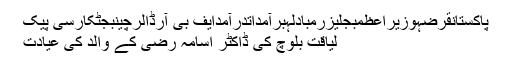
پاکستانقرضہوزیراعظمبجلیزرمبادلہبرآمداتدرآمدایف بی آرڈالرچینبجٹکارسی پیک
لیاقت بلوچ کی ڈاکٹر اسامہ رضی کے والد کی عیادت